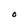
Character: O